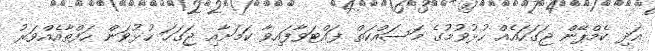
އަދި ކެމްޕޭން ޖަގަހައެއް ހުޅުވުމުގެ މަސައްކަތް ފައްޓަވާފައިވާ ކަމަށާއި ޖަގަހަ ހުޅުވަން ހަފްތާއެއްވަރު